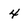
Character: 4